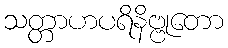
သတ္တာဟပရိနိဗ္ဗုတော